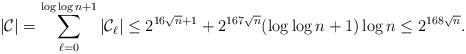
LaTeX: \begin{align*}|\mathcal{C}|=\sum_{\ell=0}^{\log \log n+1}|\mathcal{C}_{\ell}|\leq 2^{16\sqrt{n}+1}+2^{167\sqrt{n}}(\log \log n+1)\log n\leq 2^{168\sqrt{n}}.\end{align*}